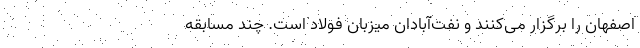
اصفهان را برگزار می‌کنند و نفت‌آبادان میزبان فولاد است. چند مسابقه